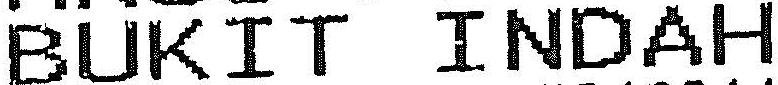
BUKIT INDAH